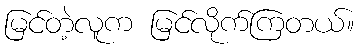
မြင်တဲ့လူက မြင်လိုက်ကြတယ်။